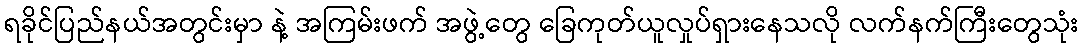
ရခိုင်ပြည်နယ်အတွင်းမှာ နဲ့ အကြမ်းဖက် အဖွဲ့တွေ ခြေကုတ်ယူလှုပ်ရှားနေသလို လက်နက်ကြီးတွေသုံး